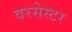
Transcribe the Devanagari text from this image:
वरसेस्टर